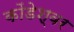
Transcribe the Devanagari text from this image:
कोंडेश्वर